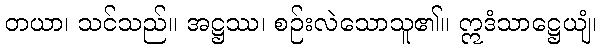
တယာ၊ သင်သည်။ အဋ္ဌဿ၊ စဉ်းလဲသောသူ၏။ ဣဒံသာဋ္ဌေယျံ၊